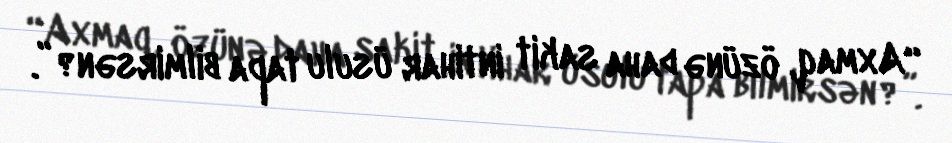
“Axmaq, özünə daha sakit intihar üsulu tapa bilmirsən?”.